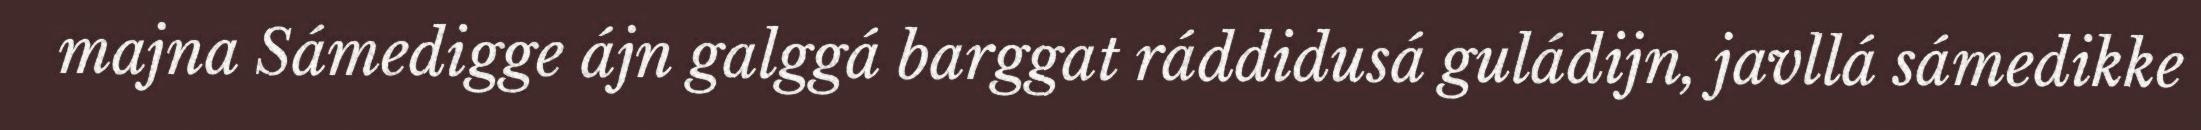
majna Sámedigge ájn galggá barggat ráddidusá guládijn, javllá sámedikke